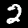
Digit: 2